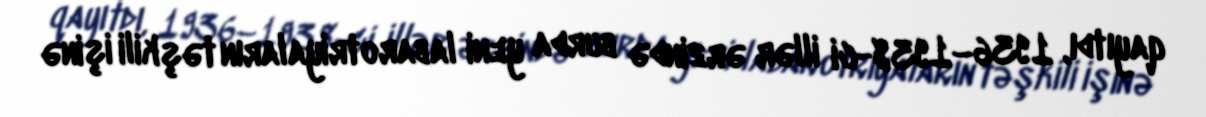
qayıtdı, 1936–1938-ci illər ərzində burda yeni labarotriyaların təşkili işinə